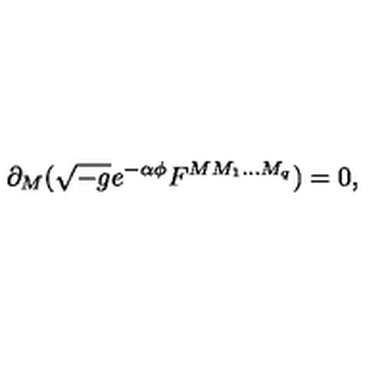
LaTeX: \partial _ { M } ( \sqrt { - g } e ^ { - \alpha \phi } F ^ { M M _ { 1 } . . . M _ { q } } ) = 0 ,